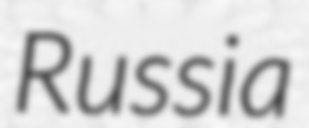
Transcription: Russia